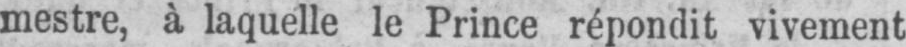
mestre, à laquelle le Prince répondit vivement